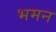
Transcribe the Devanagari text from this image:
भमन